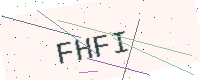
Text: FHFI